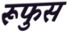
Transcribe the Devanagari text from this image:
रूफुस